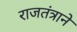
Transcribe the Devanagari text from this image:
राजतंत्राने